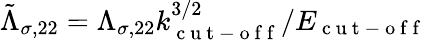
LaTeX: \tilde{\Lambda}_{\sigma,22}=\Lambda_{\sigma,22}k_{\mathrm{~c~u~t~-~o~f~f~}}^{3/2}/E_{\mathrm{~c~u~t~-~o~f~f~}}